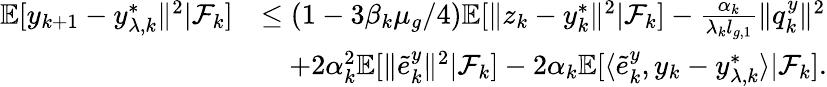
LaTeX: \begin{array}{rl}{\mathbb{E}[y_{k+1}-y_{\lambda,k}^{*}\| ^{2}|\mathcal{F}_{k}]}&{\le(1-3\beta_{k}\mu_{g}/4)\mathbb{E}[\| z_{k}-y_{k}^{*}\| ^{2}|\mathcal{F}_{k}]-\frac{\alpha_{k}}{\lambda_{k}l_{g,1}}\| q_{k}^{y}\| ^{2}}\\ &{\quad+2\alpha_{k}^{2}\mathbb{E}[\| \tilde{e}_{k}^{y}\| ^{2}|\mathcal{F}_{k}]-2\alpha_{k}\mathbb{E}[\langle\tilde{e}_{k}^{y},y_{k}-y_{\lambda,k}^{*}\rangle|\mathcal{F}_{k}].}\end{array}